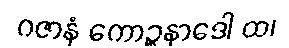
ဂဇာနံ ကောဉ္စနာဒေါ ထ၊